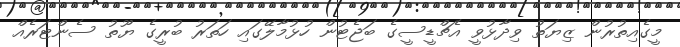
މީގެއިތުރުން ޒިޔަތު ވިދާޅުވީ އެޗްޑީސީގެ ބަޖެޓުން ހުޅުމާލޭގައި ހަތަރު ބުރީގެ ޔޫތު ސެންޓަރެއް